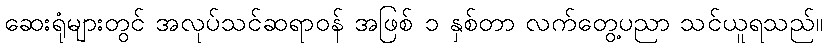
ဆေးရုံများတွင် အလုပ်သင်ဆရာဝန် အဖြစ် ၁ နှစ်တာ လက်တွေ့ပညာ သင်ယူရသည်။